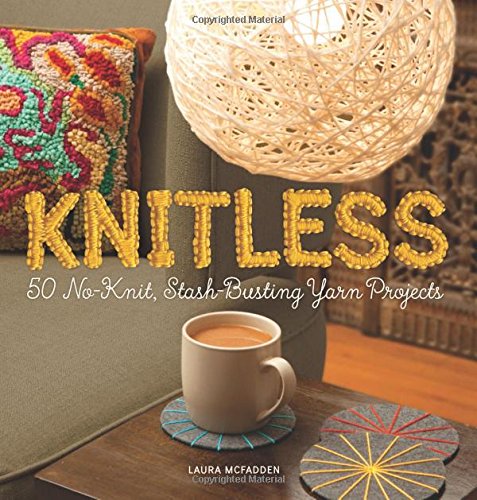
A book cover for Knitless: 50 No-Knit, Stash-Busting Yarn Projects; Laura McFadden; Crafts, Hobbies & Home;